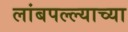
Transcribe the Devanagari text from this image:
लांबपल्ल्याच्या